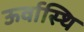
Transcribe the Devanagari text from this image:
ऊर्वास्थि